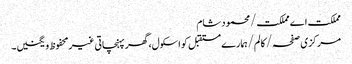
مملکت اے مملکت/محمود شام
مرکزی صفحہ/ کالم/ہمارے مستقبل کو اسکول، گھر پہنچاتی غیر محفوظ ویگنیں۔